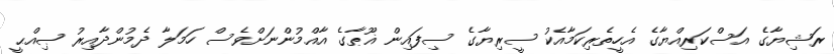
ރަޝިޔާގެ އަސްކަރިއްޔާގެ އެހީތެރިކަމާއެކު ސީރިޔާގެ ސިފައިން ޣޫޠާގެ އާއްމުންނަށްވެސް ހަމަލާ ދެމުންދާއިރު ޞިއްޙީ